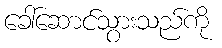
ခေါ်ဆောင်သွားသည်ကို